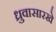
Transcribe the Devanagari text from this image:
ध्रुवासारखे